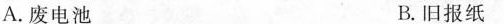
A.废电池 B.旧报纸